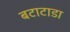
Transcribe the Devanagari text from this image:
बटाटाडा